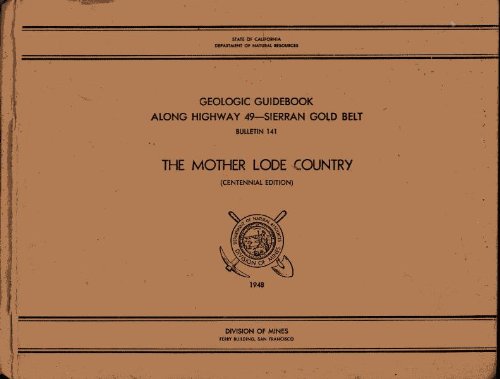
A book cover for GEOLOGIC GUIDEBOOK ALONG HIGHWAY 49-SIERRAN GOLD BELT The Mother Lode Country Centennial Edition; Olaf P. Jenkins; Travel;